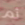
ثم